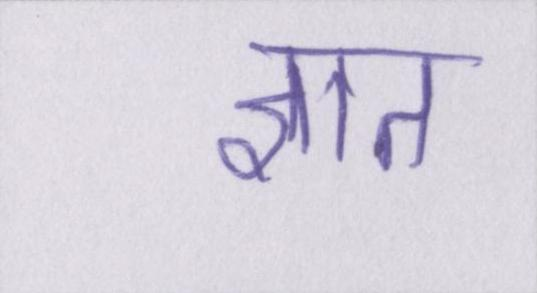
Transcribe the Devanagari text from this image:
ज्ञात